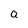
Character: Q